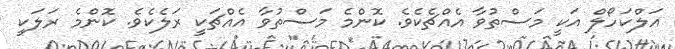
އަލްކަހޯލް އަކީ މަސްތުވާ އެއްޗެކެވެ. ކޮންމެ މަސްތުވާ އެއްޗަކީ ރަލެކެވެ. ކޮންމެ ރަލަކީ